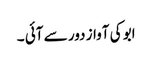
ابو کی آواز دور سے آئی ۔